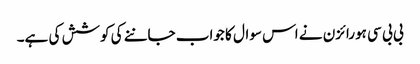
بی بی سی ہورائزن نے اس سوال کا جواب جاننے کی کوشش کی ہے۔